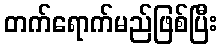
တက်ရောက်မည်ဖြစ်ပြီး